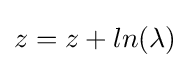
z=z+ln(\lambda )